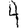
Digit: 4